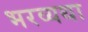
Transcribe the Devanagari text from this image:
भरव्यथा